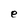
Character: e